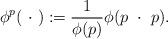
LaTeX: \begin{align*}\phi^p(\ \cdot\ ) := \frac{1}{\phi(p)} \phi(p\ \cdot\ p).\end{align*}